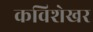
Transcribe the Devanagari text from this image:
कविशेखर